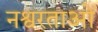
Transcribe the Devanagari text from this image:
नश्वरताओं